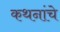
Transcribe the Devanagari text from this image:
कथनांचे